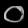
Digit: ၀